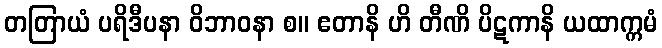
တတြာယံ ပရိဒီပနာ ဝိဘာဝနာ စ။ ဧတာနိ ဟိ တီဏိ ပိဋကာနိ ယထာက္ကမံ